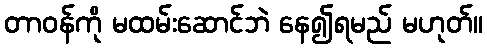
တာဝန်ကို မထမ်းဆောင်ဘဲ နေ၍ရမည် မဟုတ်။